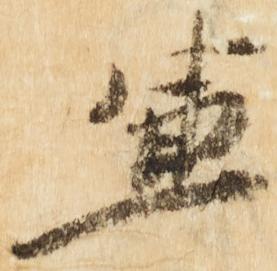
兼